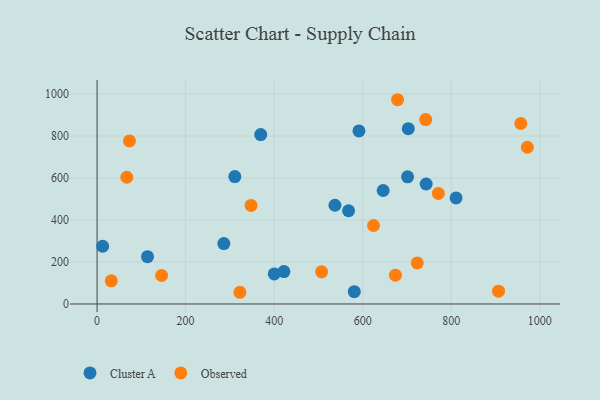
{"axis": {"x": "Price", "y": "Exam Score"}, "legend": ["Cluster A", "Observed"], "data": [{"x": "113.9", "y": 225.1, "type": "Cluster A"}, {"x": "743.5", "y": 571.6, "type": "Cluster A"}, {"x": "811.1", "y": 505.2, "type": "Cluster A"}, {"x": "12.5", "y": 275.0, "type": "Cluster A"}, {"x": "400.3", "y": 143.3, "type": "Cluster A"}, {"x": "286.4", "y": 287.5, "type": "Cluster A"}, {"x": "369.7", "y": 806.8, "type": "Cluster A"}, {"x": "311.2", "y": 606.8, "type": "Cluster A"}, {"x": "581.1", "y": 58.6, "type": "Cluster A"}, {"x": "703.1", "y": 835.3, "type": "Cluster A"}, {"x": "568.2", "y": 444.1, "type": "Cluster A"}, {"x": "591.6", "y": 824.4, "type": "Cluster A"}, {"x": "422.1", "y": 154.5, "type": "Cluster A"}, {"x": "701.5", "y": 605.9, "type": "Cluster A"}, {"x": "646.3", "y": 540.5, "type": "Cluster A"}, {"x": "537.4", "y": 470.3, "type": "Cluster A"}, {"x": "674.1", "y": 137.2, "type": "Observed"}, {"x": "322.6", "y": 55.7, "type": "Observed"}, {"x": "972.2", "y": 746.6, "type": "Observed"}, {"x": "67.1", "y": 603.6, "type": "Observed"}, {"x": "73.1", "y": 776.8, "type": "Observed"}, {"x": "507.3", "y": 153.0, "type": "Observed"}, {"x": "145.8", "y": 135.5, "type": "Observed"}, {"x": "907.0", "y": 60.8, "type": "Observed"}, {"x": "678.9", "y": 973.0, "type": "Observed"}, {"x": "957.3", "y": 859.7, "type": "Observed"}, {"x": "32.1", "y": 110.2, "type": "Observed"}, {"x": "742.5", "y": 878.6, "type": "Observed"}, {"x": "624.6", "y": 373.9, "type": "Observed"}, {"x": "347.9", "y": 469.3, "type": "Observed"}, {"x": "771.1", "y": 526.5, "type": "Observed"}, {"x": "723.4", "y": 195.4, "type": "Observed"}]}